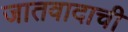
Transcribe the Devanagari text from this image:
जातवादाची